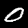
Digit: 0